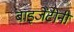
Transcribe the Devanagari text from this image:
बाइजेंटीनी